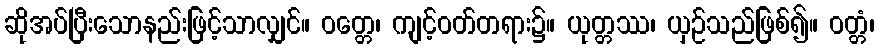
ဆိုအပ်ပြီးသောနည်းဖြင့်သာလျှင်။ ဝတ္တေ၊ ကျင့်ဝတ်တရား၌။ ယုတ္တဿ၊ ယှဉ်သည်ဖြစ်၍။ ဝတ္တံ၊